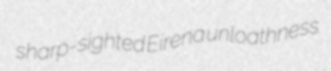
sharp-sighted Eirena unloathness